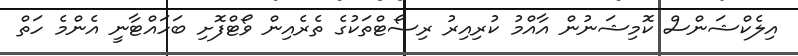
އިލެކްޝަންސް ކޮމިޝަނުން އާއްމު ކުރިއިރު ރިސޯޓްތަކުގެ ތެރެއިން ވޯޓްފޮށި ބަހައްޓާނީ އެންމެ ހަތް